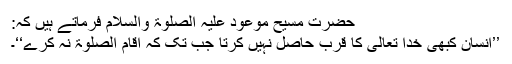
حضرت مسیح موعود علیہ الصلوۃ والسلام فرماتے ہیں کہ:
’’انسان کبھی خدا تعالیٰ کا قرب حاصل نہیں کرتا جب تک کہ اقام الصلوۃ نہ کرے‘‘۔